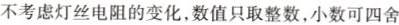
不考虑灯丝电阻的变化，数值只取整数，小数可四舍